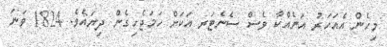
މިހެން އެއަހަރު އަނެއްކާ ވެސް ސެނެޓަރ އަކަށް ހަމަޖެހިގެން ދިޔައެވެ. 1824 ވަނަ